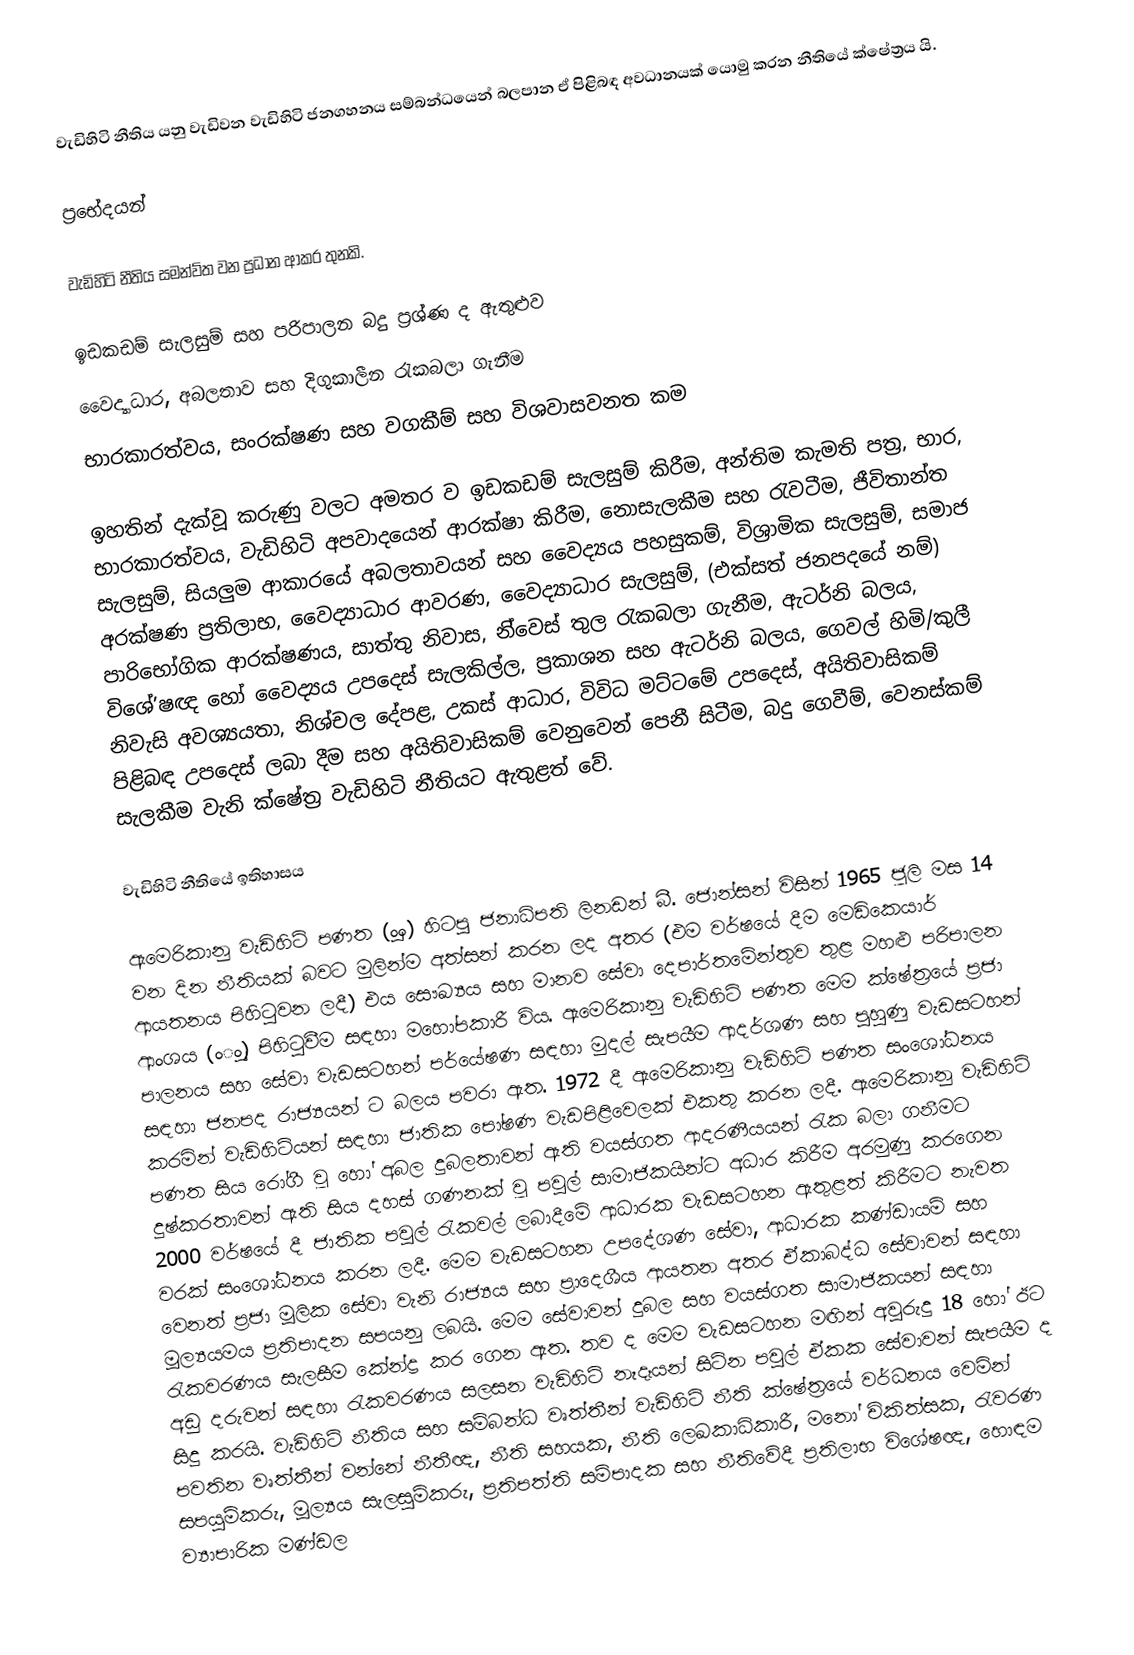
වැඩිහිටි නීතිය යනු වැඩිවන වැඩිහිටි ජනගහනය සම්බන්ධයෙන් බලපාන ඒ පිළිබඳ අවධානයක් යොමු කරන නීතියේ ක්ෂේත්‍රය යි.

ප්‍රභේදයන්

වැඩිහිටි නීතිය සමන්ව්ත වන ප්‍රධාන ආකර තුනකි.

ඉඩකඩම් සැලසුම් සහ පරිපාලන බදු ප්‍රශ්ණ ද ඇතුළුව
 වෛද්‍යාධාර, අබලතාව සහ දිගුකාලීන රැකබලා ගැනීම
භාරකාරත්වය, සංරක්ෂණ සහ වගකීම් සහ විශවාසවනත කම

ඉහතින් දැක්වූ කරුණු වලට අමතර ව ඉඩකඩම් සැලසුම් කිරීම, අන්තිම කැමති පත්‍ර, භාර, භාරකාරත්වය, වැඩිහිටි අපවාදයෙන් ආරක්ෂා කිරීම, නොසැලකීම සහ රැවටීම, ජීවිතාන්ත සැලසුම්, සියලුම ආකාරයේ අබලතාවයන් සහ වෛද්‍යය පහසුකම්, විශ්‍රාමික සැලසුම්, සමාජ අරක්ෂණ ප්‍රතිලාභ, වෛද්‍යාධාර ආවරණ, වෛද්‍යාධාර සැලසුම්, (එක්සත් ජනපදයේ නම්) පාරිභෝගික ආරක්ෂණය, සාත්තු නිවාස, නි්වෙස් තුල රැකබලා ගැනීම, ඇටර්නි බලය, විශේ’ෂඥ හෝ වෛද්‍යය උපදෙස් සැලකිල්ල, ප්‍රකාශන සහ ඇටර්නි බලය, ගෙවල් හිමි/කුලී නිවැසි අවශ්‍යයතා, නිශ්චල දේපළ, උකස් ආධාර, විවිධ මට්ටමේ උපදෙස්, අයිතිවාසිකම් පිළිබඳ උපදෙස් ලබා දීම සහ අයිතිවාසිකම් වෙනුවෙන් පෙනී සිටීම, බදු ගෙවීම්, වෙනස්කම් සැලකීම වැනි ක්ෂේත්‍ර වැඩිහිටි නීතියට ඇතුළත් වේ.

වැඩිහිටි නීතියේ ඉතිහාසය

ඇමෙරිකානු වැඩිහිටි පණත (ුංං) හිටපු ජනාධිපති ලිනඩන් බී. ජොන්සන් විසින් 1965 ජූලි මස 14 වන දින නීතියක් බවට මුලින්ම අත්සන් කරන ලද අතර (එම වර්ෂයේ දීම මෙඩිකෙයාර් ආයතනය පිහිටුවන ලදී) එය සෞඛ්‍යය සහ මානව සේවා දෙපාර්තමේන්තුව තුළ මහළු පරිපාලන ආංශය (ංුං) පිහිටුවීම සඳහා මහෝපකාරී විය. ඇමෙරිකානු වැඩිහිටි පණත මෙම ක්ෂේත්‍රයේ ප්‍රජා පාලනය සහ සේවා වැඩසටහන් පර්යේෂණ සඳහා මුදල් සැපයීම ආදර්ශණ සහ පුහුණු වැඩසටහන් සඳහා ජනපද රාජ්‍යයන් ට බලය පවරා ඇත. 1972 දී ඇමෙරිකානු වැඩිහිටි පණත සංශෝධනය කරමින් වැඩිහිටියන් සඳහා ජාතික පෝෂණ වැඩපිළිවෙලක් එකතු කරන ලදී. ඇමෙරිකානු වැඩිහිටි පණත සිය රෝගී වූ හෝ අබල දුබලතාවන් ඇති වයස්ගත ආදරණීයයන් රැක බලා ගනීමට දුෂ්කරතාවන් ඇති සිය දහස් ගණනක් වූ පවුල් සාමාජිකයින්ට අධාර කිරීම අරමුණු කරගෙන 2000 වර්ෂයේ දී ජාතික පවුල් රැකවල් ලබාදීමේ ආධාරක වැඩසටහන ඇතුළත් කිරීමට නැවත වරක් සංශෝධනය කරන ලදී. මෙම වැඩසටහන උපදේශණ සේවා, ආධාරක කණ්ඩායම් සහ වෙනත් ප්‍රජා මූලික සේවා වැනි රාජ්‍යය සහ ප්‍රාදෙශීය ආයතන අතර ඒකාබද්ධ සේවාවන් සඳහා මූල්‍යයමය ප්‍රතිපාදන සපයනු ලබයි. මෙම සේවාවන් දුබල සහ වයස්ගත සාමාජිකයන් සඳහා රැකවරණය සැලසීම කේන්ද්‍ර කර ගෙන ඇත. තව ද මෙම වැඩසටහන මඟින් අවුරුදු 18 හෝ ඊට අඩු දරුවන් සඳහා රැකවරණය සලසන වැඩිහිටි නෑදෑයන් සිටින පවුල් ඒකක සේවාවන් සැපයීම ද සිදු කරයි. වැඩිහිටි නීතිය සහ සම්බන්ධ වෘත්තීන් වැඩිහිටි නීති ක්ෂේත්‍රයේ වර්ධනය වෙමින් පවතින වෘත්තීන් වන්නේ නීතීඥ, නීති සහයක, නීති ලෙඛකාධිකාරී, මනෝ චිකිත්සක, රැවරණ සපයුම්කරු, මූල්‍යය සැලසුම්කරු, ප්‍රතිපත්ති සම්පාදක සහ නීතිවේදී ප්‍රතිලාභ විශේෂඥ, හොඳම ව්‍යාපාරික මණ්ඩල